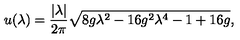
u ( \lambda ) = \frac { | \lambda | } { 2 \pi } \sqrt { 8 g \lambda ^ { 2 } - 1 6 g ^ { 2 } \lambda ^ { 4 } - 1 + 1 6 g } ,